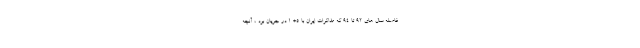
فاصله سال هاي 92 تا 94 كه مذاكرات ايران با 5+ 1 در جريان بود ، آنچه